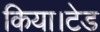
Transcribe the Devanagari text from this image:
किया।टेड